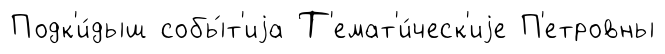
Подк'и́дыш собы́т'иjа Т'емат'и́ческ'иjе П'етровны